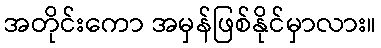
အတိုင်းကော အမှန်ဖြစ်နိုင်မှာလား။